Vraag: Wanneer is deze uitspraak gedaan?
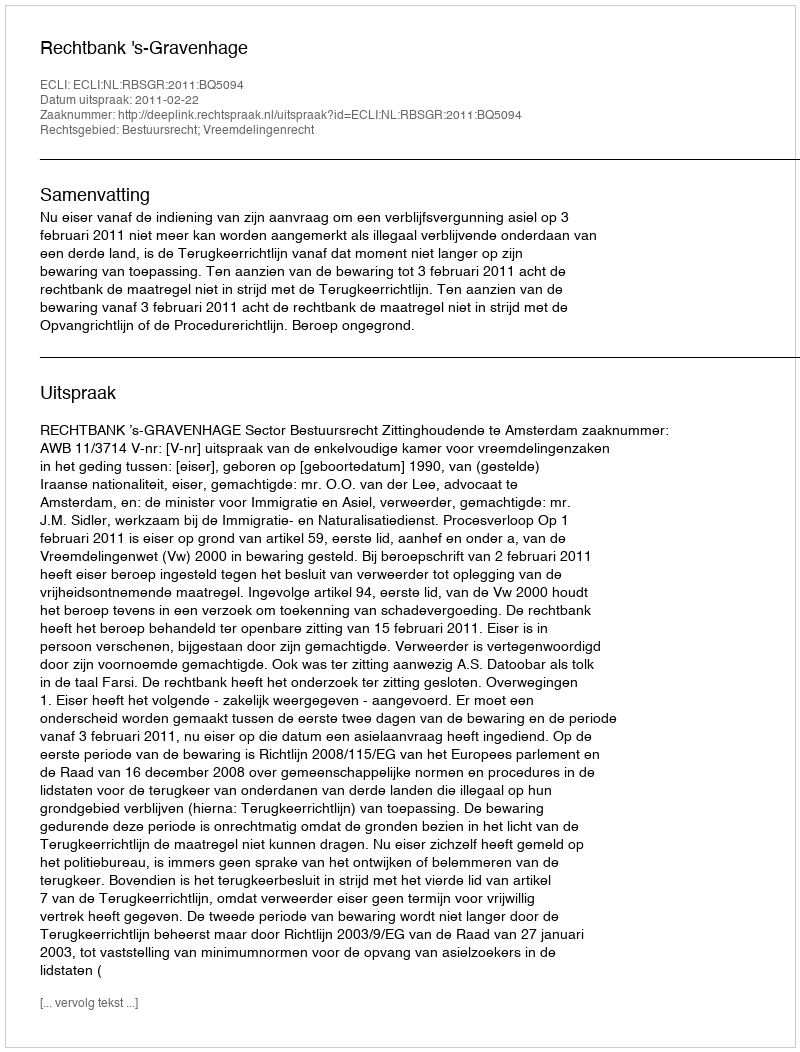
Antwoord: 2011-02-22